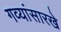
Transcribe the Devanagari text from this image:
गव्यांसारखे